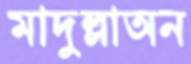
মাদুল্লাঅন